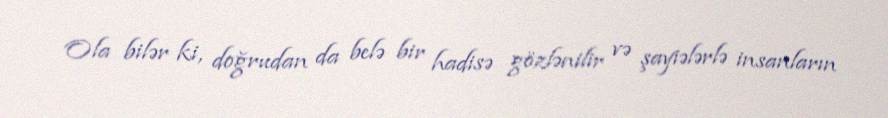
Ola bilər ki, doğrudan da belə bir hadisə gözlənilir və şayiələrlə insanların